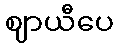
ဈာယီပေ